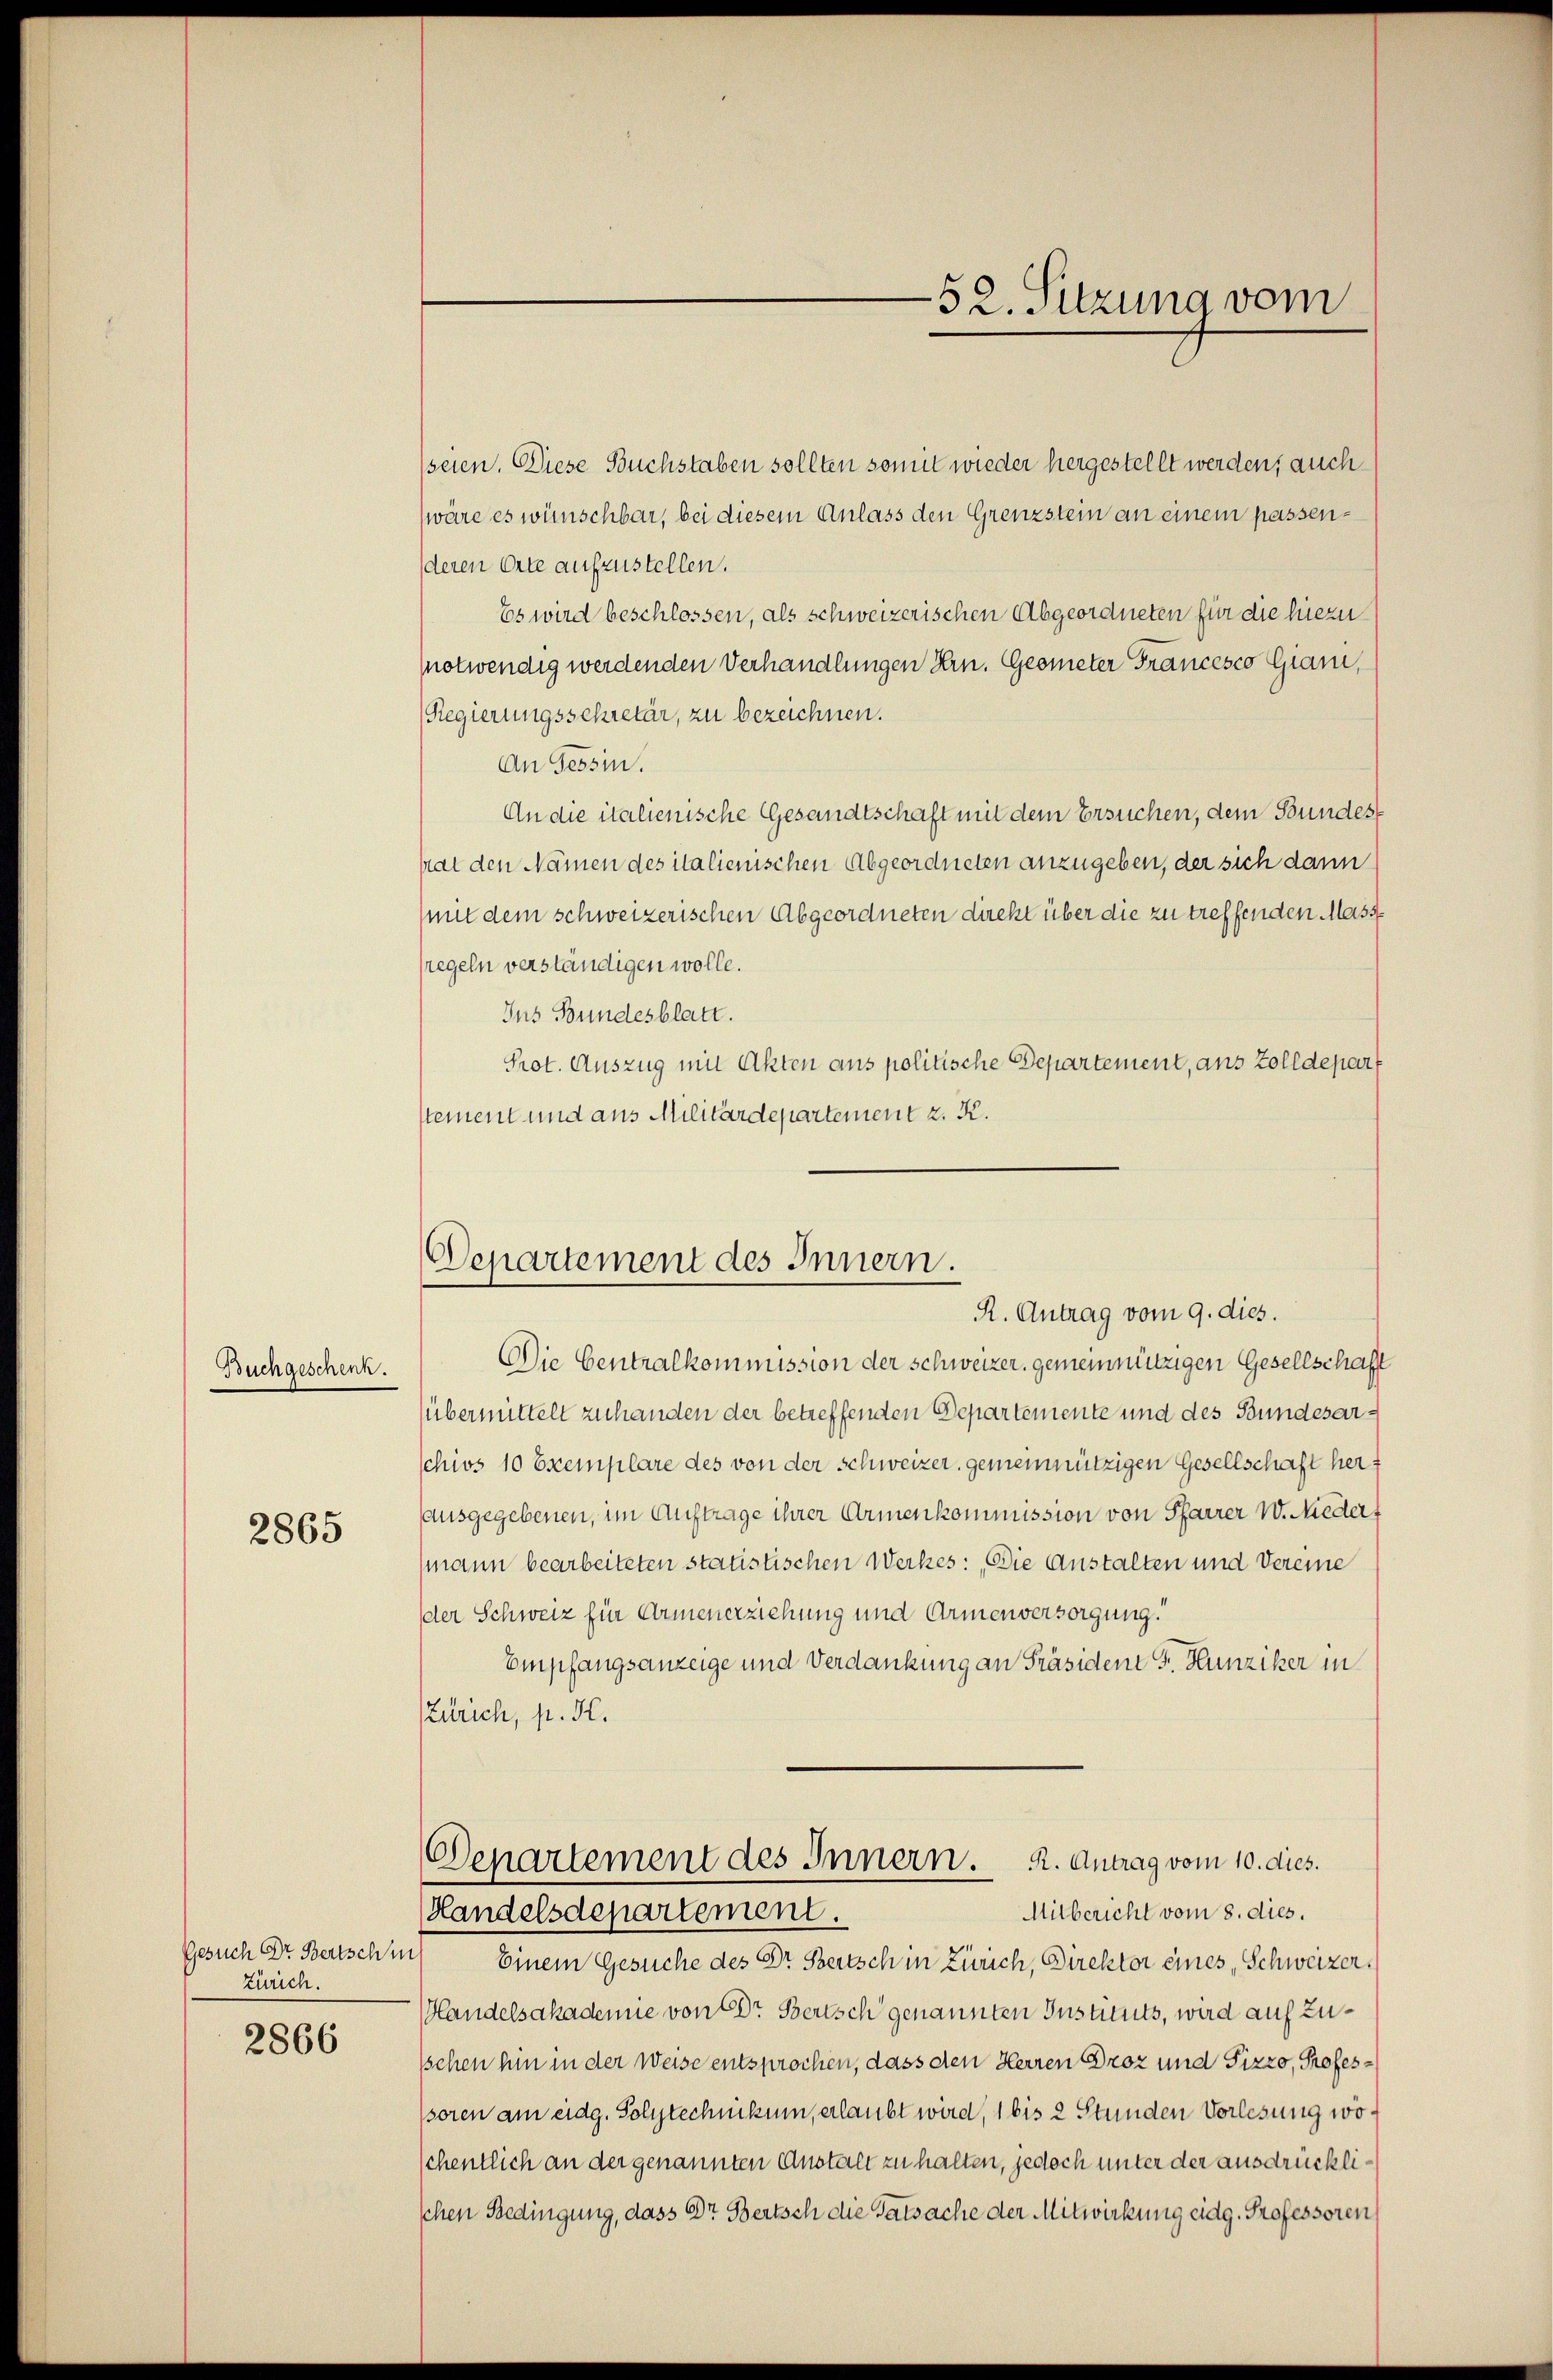
Buchgeschenk.

2865

Gesuch Dr. Bertsch in
Zürich.
2866

seien. Diese Buchstaben sollten somit wieder hergestellt werden, auch
wäre es wünschbar, bei diesem Anlass den Grenzstein an einem passenderen Orte aufzustellen.
Es wird beschlossen, als schweizerischen Abgeordneten für die hiezunotwendig werdenden Verhandlungen Hrn. Geometer Francesco Giani,
(Regierungssekretär, zu bezeichnen.
An Tessin.
An die italienische Gesandtschaft mit dem Ersuchen, dem Bundeshat den Namen des italienischen Abgeordneten anzugeben, der sich dann
(mit dem schweizerischen Abgeordneten direkt über die zu treffenden Mass-
sregeln verständigen wolle.
Ins Bundesblatt.
Prot. Auszug mit Akten aus politische Departement, aus Zolldepart
stement und aus Militärdepartement z. K.

Departement des Innern.
R. Antrag vom 9. dies.

Die Centralkommission der Schweizer, gemeinnützigen Gesellschaft
übermittelt zuhanden der betreffenden Departemente und des Bundesarschivs 10 Exemplare des von der Schweizer, gemeinnützigen Gesellschaft her
ausgegebenen, im Auftrage ihrer Armenkommission von Pfarrer W. Niedert
mann bearbeiteten statistischen Werkes: Die Anstalten und Vereine
der Schweiz für Armenerziehung und Armenversorgung.
Empfangsanzeige und Verdankung an Präsident F. Hunziker in
Zürich, s. H.
Departement des Innern. R. Antrag vom 10. dies.
Mitbericht vom 8. dies.
Handelsdepartement.
Einem Gesuche des Dr. Bertsch in Zürich, Direktor eines, Schweizer,
Handelsakademie von Dr. Bertsch genannten Instituts, wird auf zu¬
Isehen hin in der Weise entsprochen, dass den Herren Droz und Pizzo, Professoren am eidg. Polytechnikum, erlaubt wird, 1 bis 2 Stunden Vorlesung wöschentlich an der genannten Anstalt zu halten, jedoch unter der ausdrücklischen Bedingung, dass Dr. Bertsch die Tatsache der Mitwirkung eidg. Professoren

-52. Sitzung vom